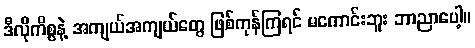
ဒီလိုကိစ္စနဲ့ အကျယ်အကျယ်တွေ ဖြစ်ကုန်ကြရင် မကောင်းဘူး ဘာညာပေါ့။